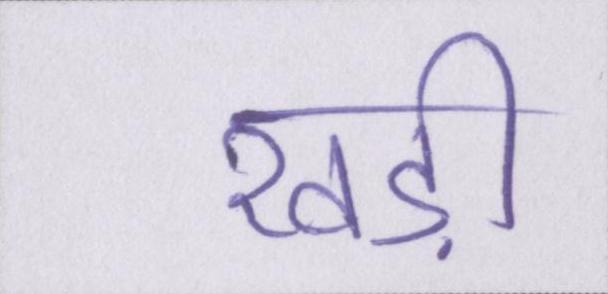
खड़ी